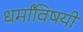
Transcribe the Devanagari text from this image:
धर्मांविषयी